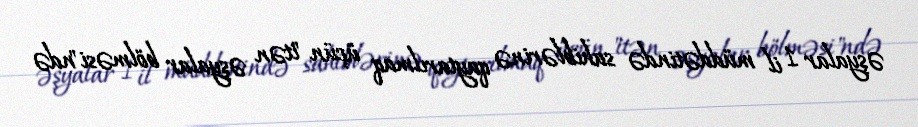
əşyalar 1 il müddətində sahiblərinə qaytarılmaq üçün "itən əşyalar bölməsi"ndə